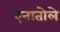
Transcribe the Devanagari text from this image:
एनातोले